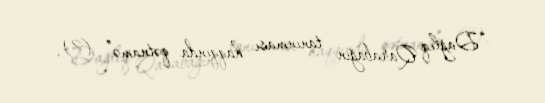
“Dağlıq Qarabağın tanınması haqqında qətnamə” (?).